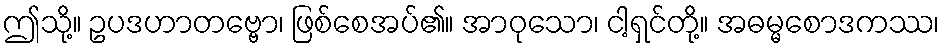
ဤသို့။ ဥပဒဟာတဗ္ဗော၊ ဖြစ်စေအပ်၏။ အာဝုသော၊ ငါ့ရှင်တို့။ အဓမ္မစောဒကဿ၊